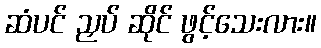
ဆံပင် ညှပ် ဆိုင် ဖွင့်သေးလား။